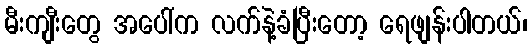
မီးကျီးတွေ အပေါ်က လက်နဲ့ခံပြီးတော့ ရေဖျန်းပါတယ်၊